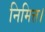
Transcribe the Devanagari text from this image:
निमित्त।